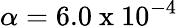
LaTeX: \alpha=6.0\mathrm{~x~}10^{-4}